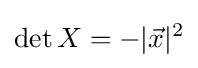
\det X=-|{\vec {x}}|^{2}